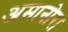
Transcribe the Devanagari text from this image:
अमानोरा